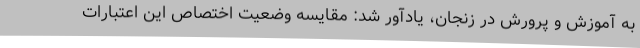
به آموزش و پرورش در زنجان، یادآور شد: مقایسه وضعیت اختصاص این اعتبارات